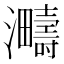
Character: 𪸈